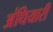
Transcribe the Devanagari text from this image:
अंधियारी